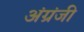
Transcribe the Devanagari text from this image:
अंग्रंजी